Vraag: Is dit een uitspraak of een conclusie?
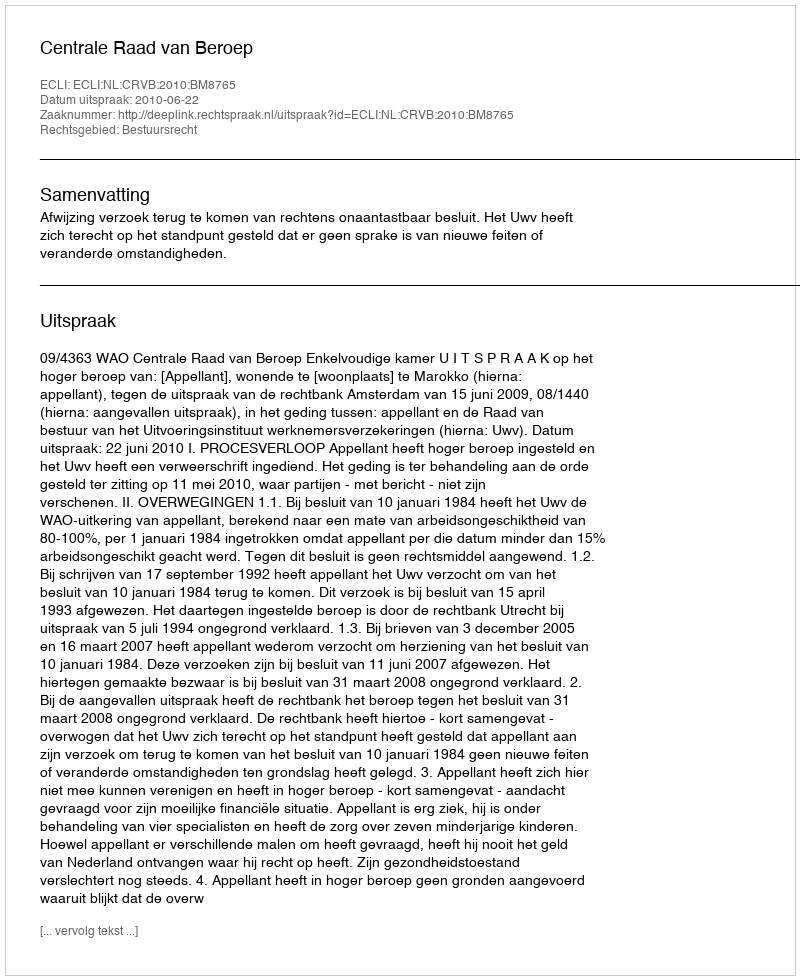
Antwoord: Uitspraak